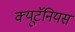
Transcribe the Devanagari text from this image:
क्यूटॅनियस